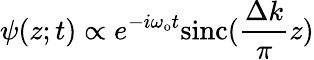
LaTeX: \psi(z;t)\propto e^{-i\omega_{\mathrm{o}}t}\mathrm{sinc}(\frac{\Delta k}{\pi}z)